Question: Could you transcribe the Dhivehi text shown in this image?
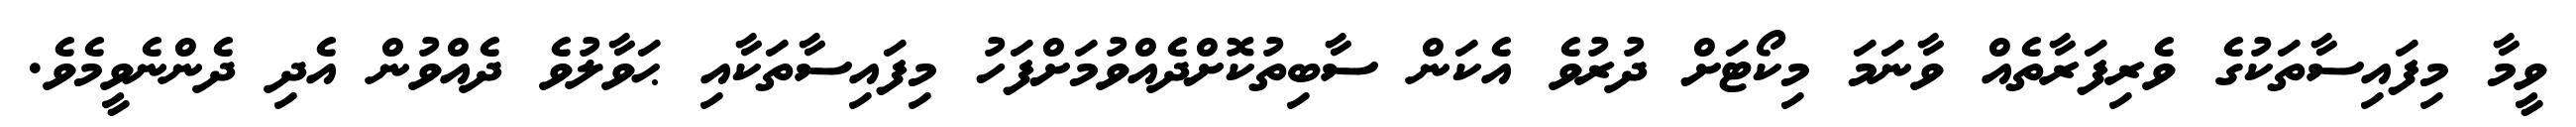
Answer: ވީމާ މިފައިސާތަކުގެ ވެރިފަރާތެއް ވާނަމަ މިކޯޓަށް ދުރުވެ އެކަން ސާބިތުކޮށްދެއްވުމަށްފަހު މިފައިސާތަކާއި ޙަވާލުވެ ދެއްވުން އެދި ދެންނެވީމެވެ.